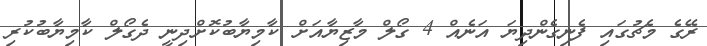
ރޭގެ މެޗުގައި ފެނިގެންދިޔަ އަނެއް 4 ގޯލް މާޒިޔާއަށް ކާމިޔާބުކޮށްދިިނީ ދެގޯލް ކާމިޔާބުކުރި